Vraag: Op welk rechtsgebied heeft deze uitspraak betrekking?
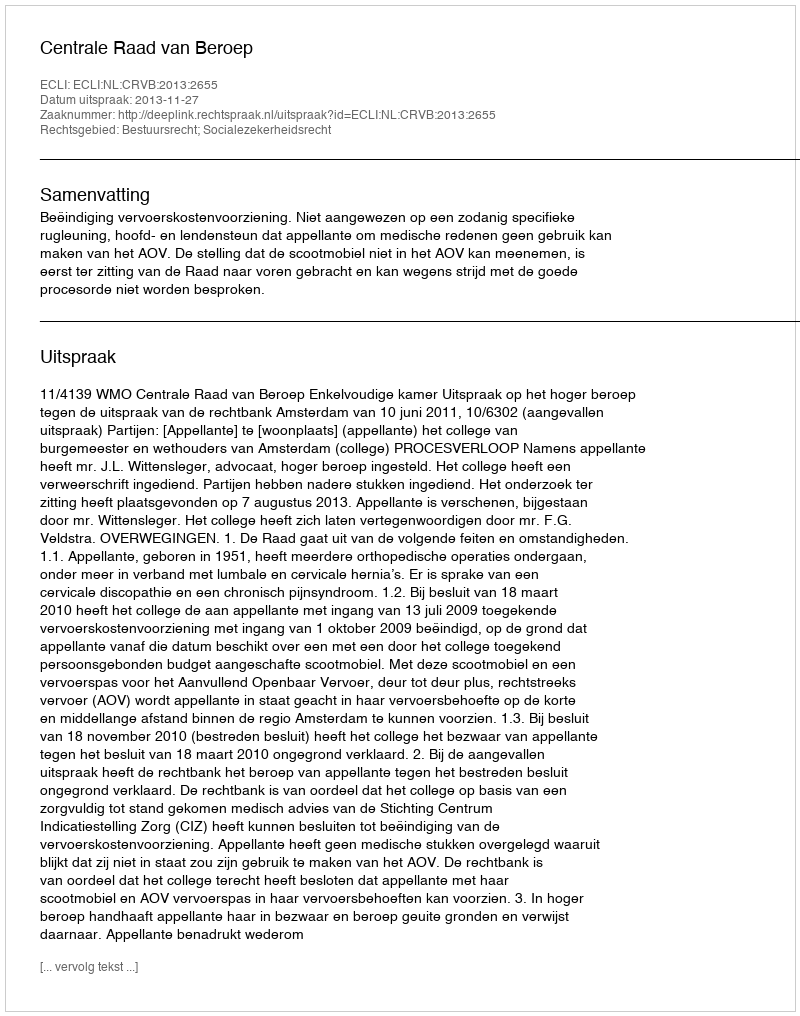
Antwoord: Bestuursrecht; Socialezekerheidsrecht